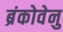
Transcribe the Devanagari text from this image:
ब्रंकोवेनु